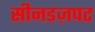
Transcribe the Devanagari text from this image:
सीनडज़पट